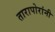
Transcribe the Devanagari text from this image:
तारापोरांनी